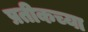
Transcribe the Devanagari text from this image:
प्रतीकच्या